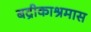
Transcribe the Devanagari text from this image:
बद्रीकाश्रमास